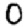
Digit: 0